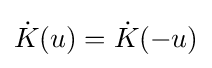
{\dot {K}}(u)={\dot {K}}(-u)